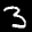
Label: 3